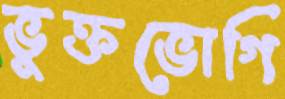
ভুক্তভোগি